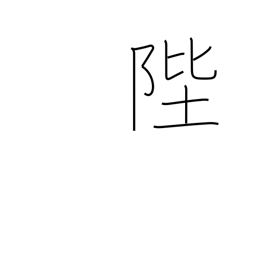
Meaning: steps (of throne)